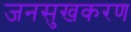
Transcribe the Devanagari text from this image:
जनसुखकरण